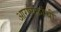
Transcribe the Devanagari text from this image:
आरण्यकांची